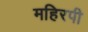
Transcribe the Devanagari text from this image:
महिरपी